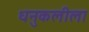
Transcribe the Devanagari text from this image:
धनुकलीला